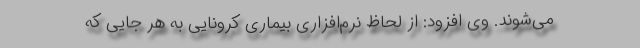
می‌شوند. وی افزود: از لحاظ نرم‌افزاری بیماری کرونایی به هر جایی که